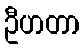
ဦဟတာ